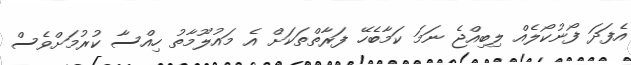
އެފަދަ ފޯނުކޯލެއް ލިބިއްޖެ ނަމަ ކަމާބެހޭ ފަރާތްތަކަށް އެ މައުލޫމާތު ހިއްސާ ކުރުމަށްވެސް